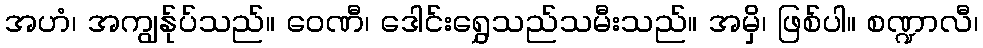
အဟံ၊ အကျွန်ုပ်သည်။ ဝေဏီ၊ ဒေါင်းရွှေသည်သမီးသည်။ အမှိ၊ ဖြစ်ပါ။ စဏ္ဍာလီ၊